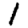
Digit: 1